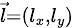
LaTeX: \scriptstyle{\vec{l}}=(l_{x},l_{y})